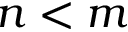
n < m